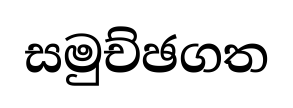
සමුච්ඡගත